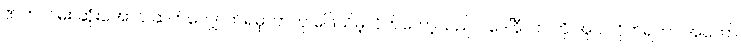
ဇာတ်လမ်း ဆုံးအောင် ဆက်လျှောက်ရမှာဘဲဟု ဖြေသိမ့်လိုက်တော့သည်၊ . ဒေါ်နီလာ ကို အုပ် လိုက်ရတာ အတော်